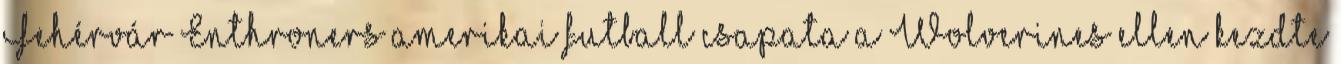
Fehérvár Enthroners amerikai futball csapata a Wolverines ellen kezdte